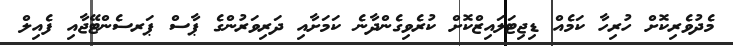
މެދުވެރިކޮށް ހުރިހާ ކަމެއް ޑިޖިޓަލައިޒްކޮށް ކުރެވިގެންދާނެ ކަމަށާއި ދަރިވަރުންގެ ޕާސް ޕަރސެންޓޭޖާއި ފެއިލް